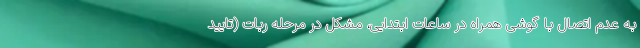
به عدم اتصال با گوشی همراه در ساعات ابتدایی، مشکل در مرحله ربات (تایید